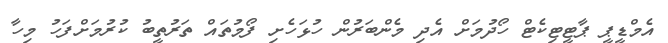
އެމްޑީޕީ ޕާޓީޓިކެޓް ހޯދުމަށް އެދި މެންބަރުން ހުޅަހެށި ފޯމުތައް ތަރުތީބު ކުރުމަށްފަހު މިހާ